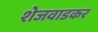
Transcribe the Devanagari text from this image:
शेजवाडकर